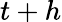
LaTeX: t+h